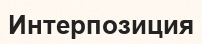
Интерпозиция